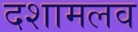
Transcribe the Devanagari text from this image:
दशामलव